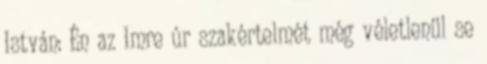
István: Én az Imre úr szakértelmét még véletlenül se